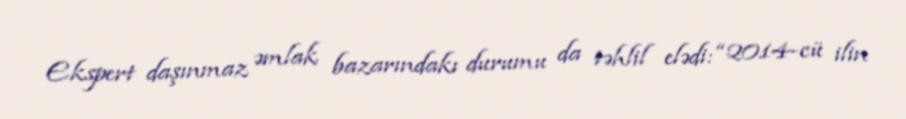
Ekspert daşınmaz əmlak bazarındakı durumu da təhlil elədi: “2014-cü ilin